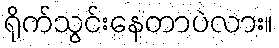
ရိုက်သွင်းနေတာပဲလား။